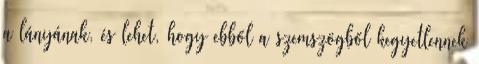
a lányának, és lehet, hogy ebből a szemszögből kegyetlennek